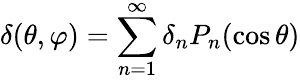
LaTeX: \delta(\theta,\varphi)=\sum_{n=1}^{\infty}\delta_{n}P_{n}(\cos\theta)